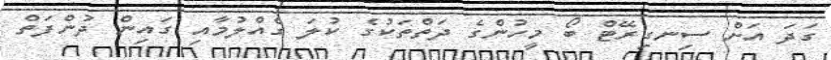
ގަދަ އަށް ސިނގިރޭޓް ބޯ މީހުންގެ ދަތްތަކުގެ ކުލަ ގެއްލުމާއި ގައިން ދުންފަތް